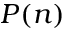
P ( n )